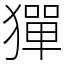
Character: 㺗